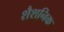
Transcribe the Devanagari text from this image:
शैशनिक